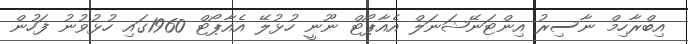
އިބްރާހިމް ނާސިރު އިންޓަނޭޝަނަލް އެއާޕޯޓް ނޫނީ ހުޅުލޭ އެއާޕޯޓް 1960ގައި ހުޅުވުނު ފަހުން